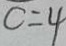
c = 4